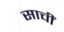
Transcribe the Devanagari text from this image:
साचीं